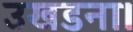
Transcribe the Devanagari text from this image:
उखडना।